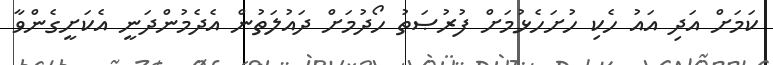
ކަމަށް އަދި އައު ހެކި ހުށަހެޅުމަށް ފުރުޞަތު ހޯދުމަށް ދައުލަތުން އެދެމުންދަނީ އެކަށީގެންވާ